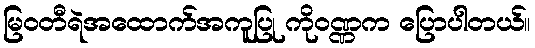
မြဝတီရဲအထောက်အကူပြု ကိုဝဏ္ဏက ပြောပါတယ်။